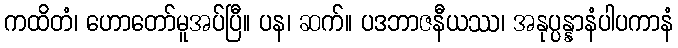
ကထိတံ၊ ဟောတော်မူအပ်ပြီ။ ပန၊ ဆက်။ ပဒဘာဇနီယဿ၊ အနုပ္ပန္နာနံပါပကာနံ